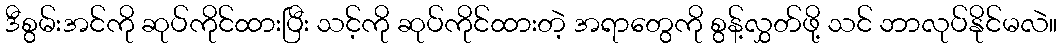
ဒီစွမ်းအင်ကို ဆုပ်ကိုင်ထားပြီး သင့်ကို ဆုပ်ကိုင်ထားတဲ့ အရာတွေကို စွန့်လွှတ်ဖို့ သင် ဘာလုပ်နိုင်မလဲ။